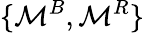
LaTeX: \{ {\cal M}^{B},{\cal M}^{R}\}